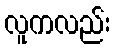
လူကလည်း